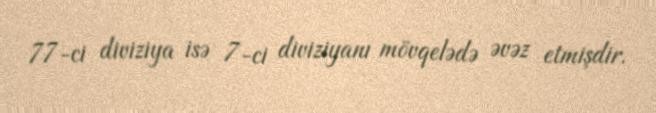
77-ci diviziya isə 7-ci diviziyanı mövqelədə əvəz etmişdir.